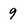
Character: 9